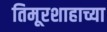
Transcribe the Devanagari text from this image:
तिमूरशाहाच्या